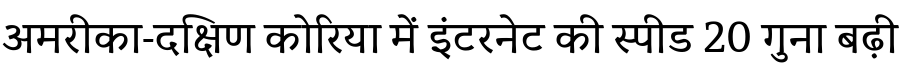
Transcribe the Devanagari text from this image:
अमरीका-दक्षिण कोरिया में इंटरनेट की स्पीड 20 गुना बढ़ी